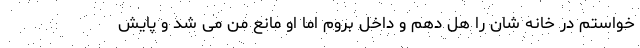
خواستم در خانه شان را هل دهم و داخل بروم اما او مانع من می شد و پایش